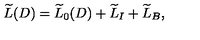
\widetilde { L } ( D ) = \widetilde { L } _ { 0 } ( D ) + \widetilde { L } _ { I } + \widetilde { L } _ { B } ,